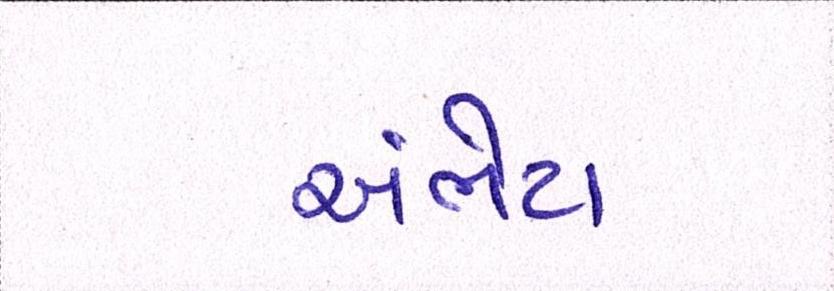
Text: અંભેટા